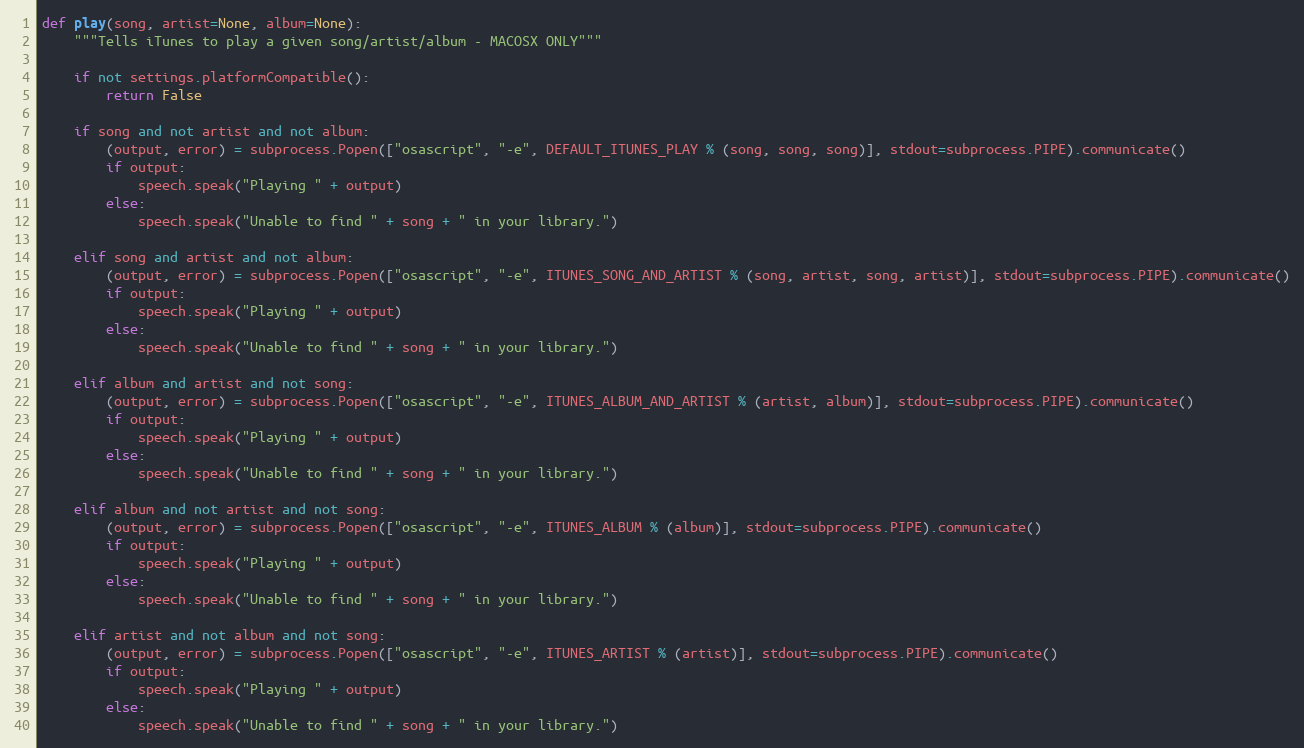
Language: Python
def play(song, artist=None, album=None):
	"""Tells iTunes to play a given song/artist/album - MACOSX ONLY"""

	if not settings.platformCompatible():
		return False

	if song and not artist and not album:
		(output, error) = subprocess.Popen(["osascript", "-e", DEFAULT_ITUNES_PLAY % (song, song, song)], stdout=subprocess.PIPE).communicate()
		if output:
			speech.speak("Playing " + output)
		else:
			speech.speak("Unable to find " + song + " in your library.")

	elif song and artist and not album:
		(output, error) = subprocess.Popen(["osascript", "-e", ITUNES_SONG_AND_ARTIST % (song, artist, song, artist)], stdout=subprocess.PIPE).communicate()
		if output:
			speech.speak("Playing " + output)
		else:
			speech.speak("Unable to find " + song + " in your library.")

	elif album and artist and not song:
		(output, error) = subprocess.Popen(["osascript", "-e", ITUNES_ALBUM_AND_ARTIST % (artist, album)], stdout=subprocess.PIPE).communicate()
		if output:
			speech.speak("Playing " + output)
		else:
			speech.speak("Unable to find " + song + " in your library.")

	elif album and not artist and not song:
		(output, error) = subprocess.Popen(["osascript", "-e", ITUNES_ALBUM % (album)], stdout=subprocess.PIPE).communicate()
		if output:
			speech.speak("Playing " + output)
		else:
			speech.speak("Unable to find " + song + " in your library.")

	elif artist and not album and not song:
		(output, error) = subprocess.Popen(["osascript", "-e", ITUNES_ARTIST % (artist)], stdout=subprocess.PIPE).communicate()
		if output:
			speech.speak("Playing " + output)
		else:
			speech.speak("Unable to find " + song + " in your library.")